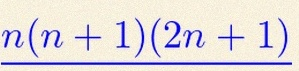
n(n+1)(2n+1)